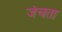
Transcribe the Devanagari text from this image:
जंचता